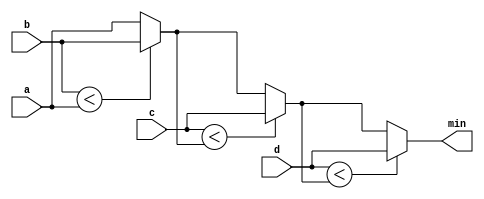
/*

Copyright 2022 Marc Ketel
SPDX-License-Identifier: Apache-2.0

*/

`default_nettype none

module top_module (
    input  wire [7:0] a,
    input  wire [7:0] b,
    input  wire [7:0] c,
    input  wire [7:0] d,
    output wire [7:0] min
);

  //This oneliner costs 119 ice40 logic cells.
  /*
  assign min = (a < b && a < c && a < d) ? a :
               (b < c && b < d) ? b :
               (c < d) ? c :
               d;
  */

  //This is not the point of the exercise, but it is much clearer and as a bonus only consumes 75 ice40 logic cells.
  reg [7:0] min_i;
  always @(*) begin
    min_i = a;
    if (b < min_i) min_i = b;
    if (c < min_i) min_i = c;
    if (d < min_i) min_i = d;
  end

  assign min = min_i;

endmodule